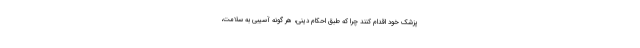
پزشک خود اقدام کنند چرا که طبق احکام دینی، هر گونه آسیبی به سلامت،